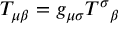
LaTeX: T _ { \mu \beta } = g _ { \mu \sigma } T ^ { \sigma } { } _ { \beta }